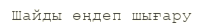
Шайды өңдеп шығару